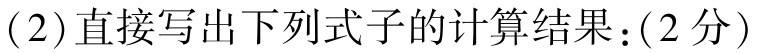
(2)直接写出下列式子的计算结果：(2分)